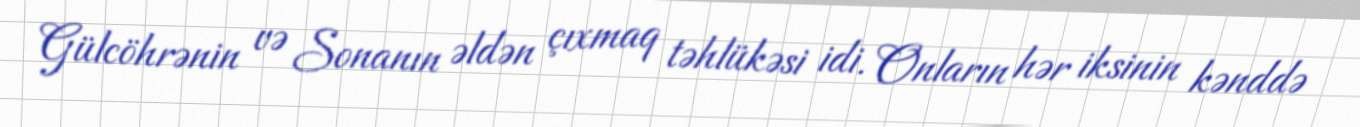
Gülcöhrənin və Sonanın əldən çıxmaq təhlükəsi idi. Onların hər iksinin kənddə